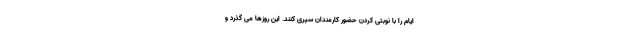
ایام را با نوبتی کردن حضور کارمندان سپری کنند. این روزها می گذرد و